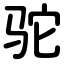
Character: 驼